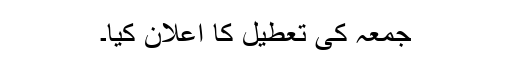
جمعہ کی تعطیل کا اعلان کیا۔